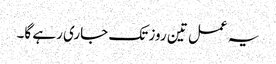
یہ عمل تین روز تک جاری رہے گا۔